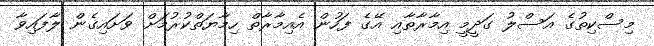
މިސްކިތުގެ އަސްލު ގަދީމީ އިމާރާތާއި އޭގެ ފަހުން އެއިމާރާތް ހިމާޔަތްކުރުމަށް ވަށައިގެން ލާފައިވާ